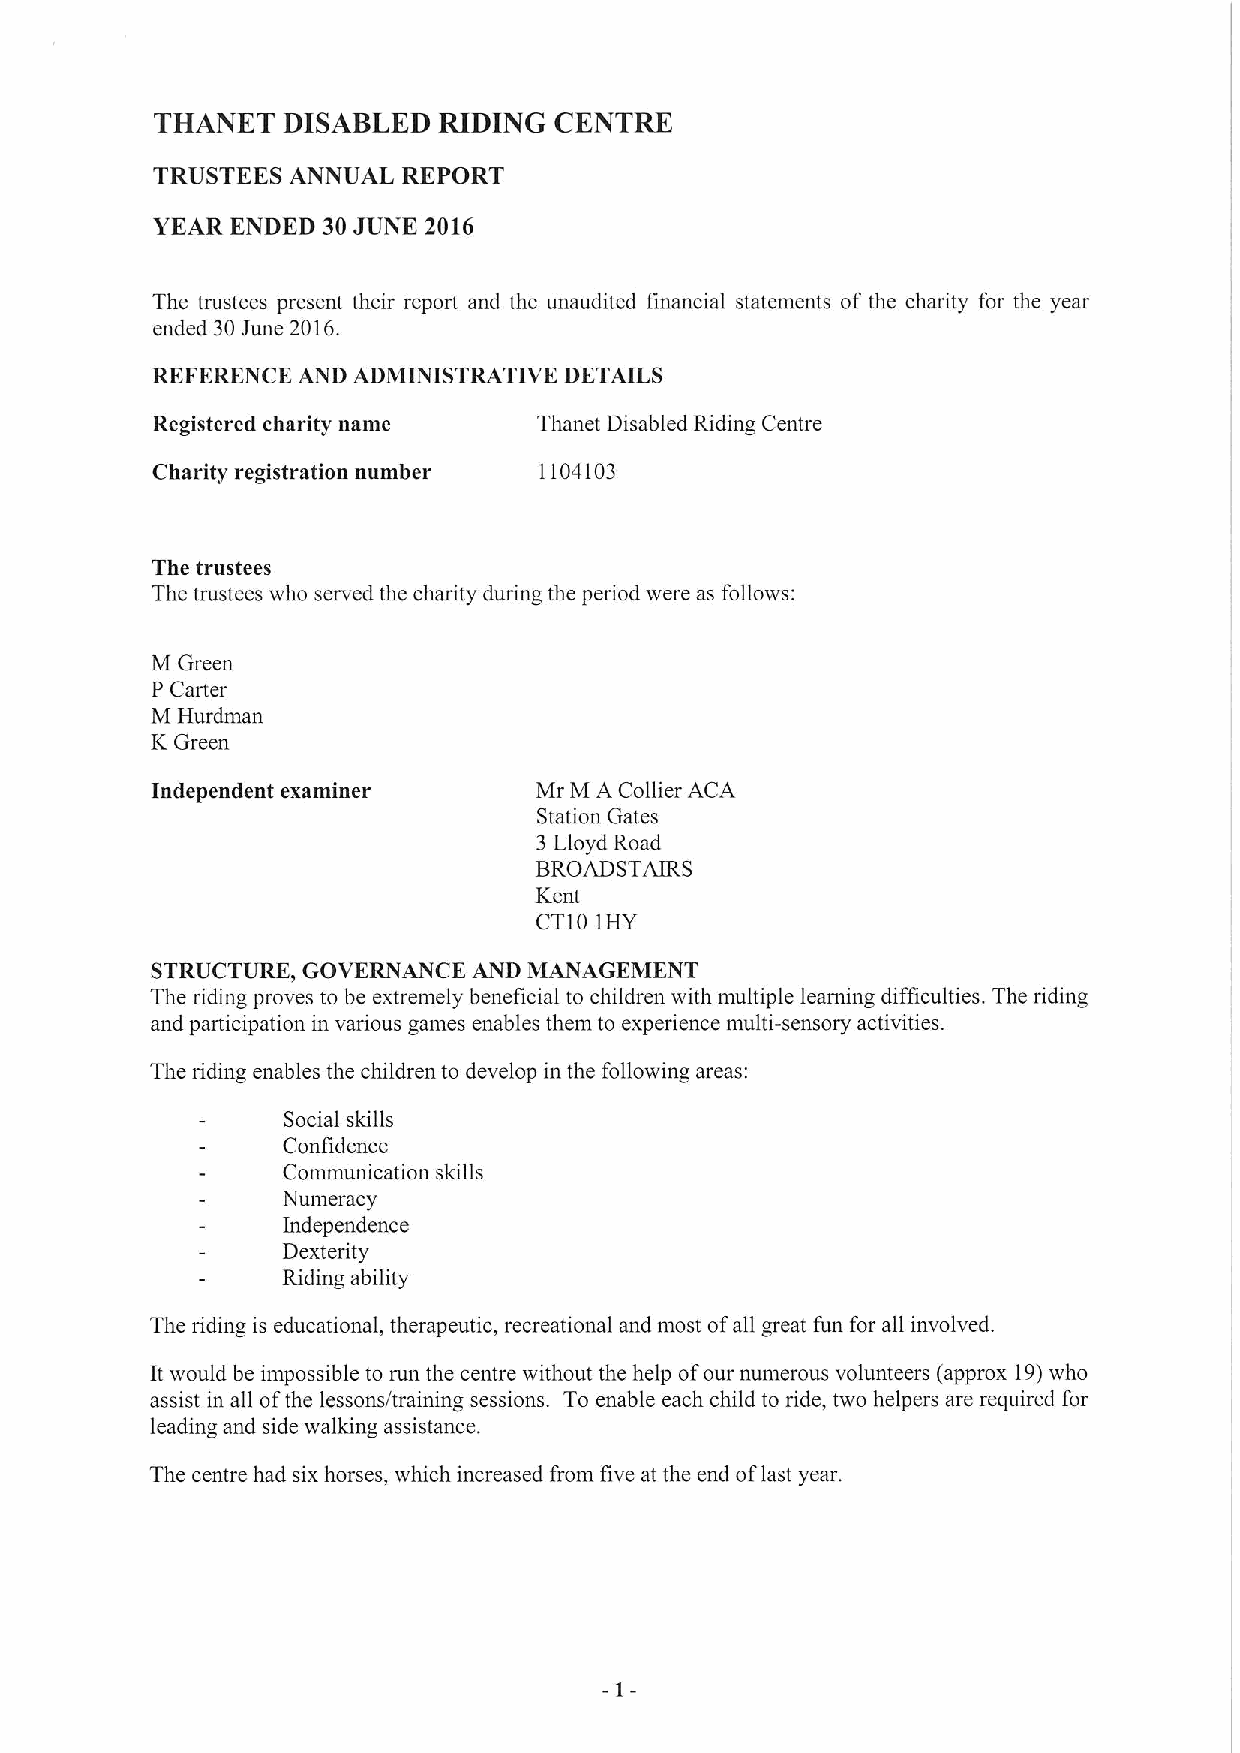
THANET   DISABLED  RIDING  CENTRE
 TRUSTEES ANNUAL  REPORT
 YEAR ENDED 30JUNE 2016
 The trustees present their report and the unaudited financial statements of the charity for the year
 ended 30June 2016.
 REFERENCE AND ADMINISTRATIVE DETAILS
 Registered charity name   Thanet Disabled Riding Centre
 Charity registration number 1104103
 The trustees
 The trustees who served the charity during the period were as follows:
 M Green
 P Carter
 M Hurdman
 KGreen
 Independent examiner     Mr M A Collier ACA
 Station Gates
 3Lloyd Road
 BROADSTAIRS
 Kent
 CT10 1HY
 STRUCTURE, GOVERNANCE AND MANAGEMENT
 The riding proves to be extremely beneficial to children with multiple learning difficulties. The riding
 and participation in various games enables them to experience multi-sensory activities.
 The riding enables the children to develop in the following areas;
 Social skills
 Confidence
 Communication skills
 Numeracy
 Independence
 Dexterity
 Riding ability
 The riding is educational, therapeutic, recreational and most ofall great fun for all involved.
 It would be impossible to run the centre without the help ofour numerous volunteers (approx 19)who
 assist in all ofthe lessons/training sessions. To enable each child to ride, two helpers are required for
 leading and side walking assistance.
 The centre had six horses, which increased from five at the end oflast year.